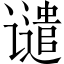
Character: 谴